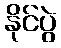
နိုင်ပွဲ